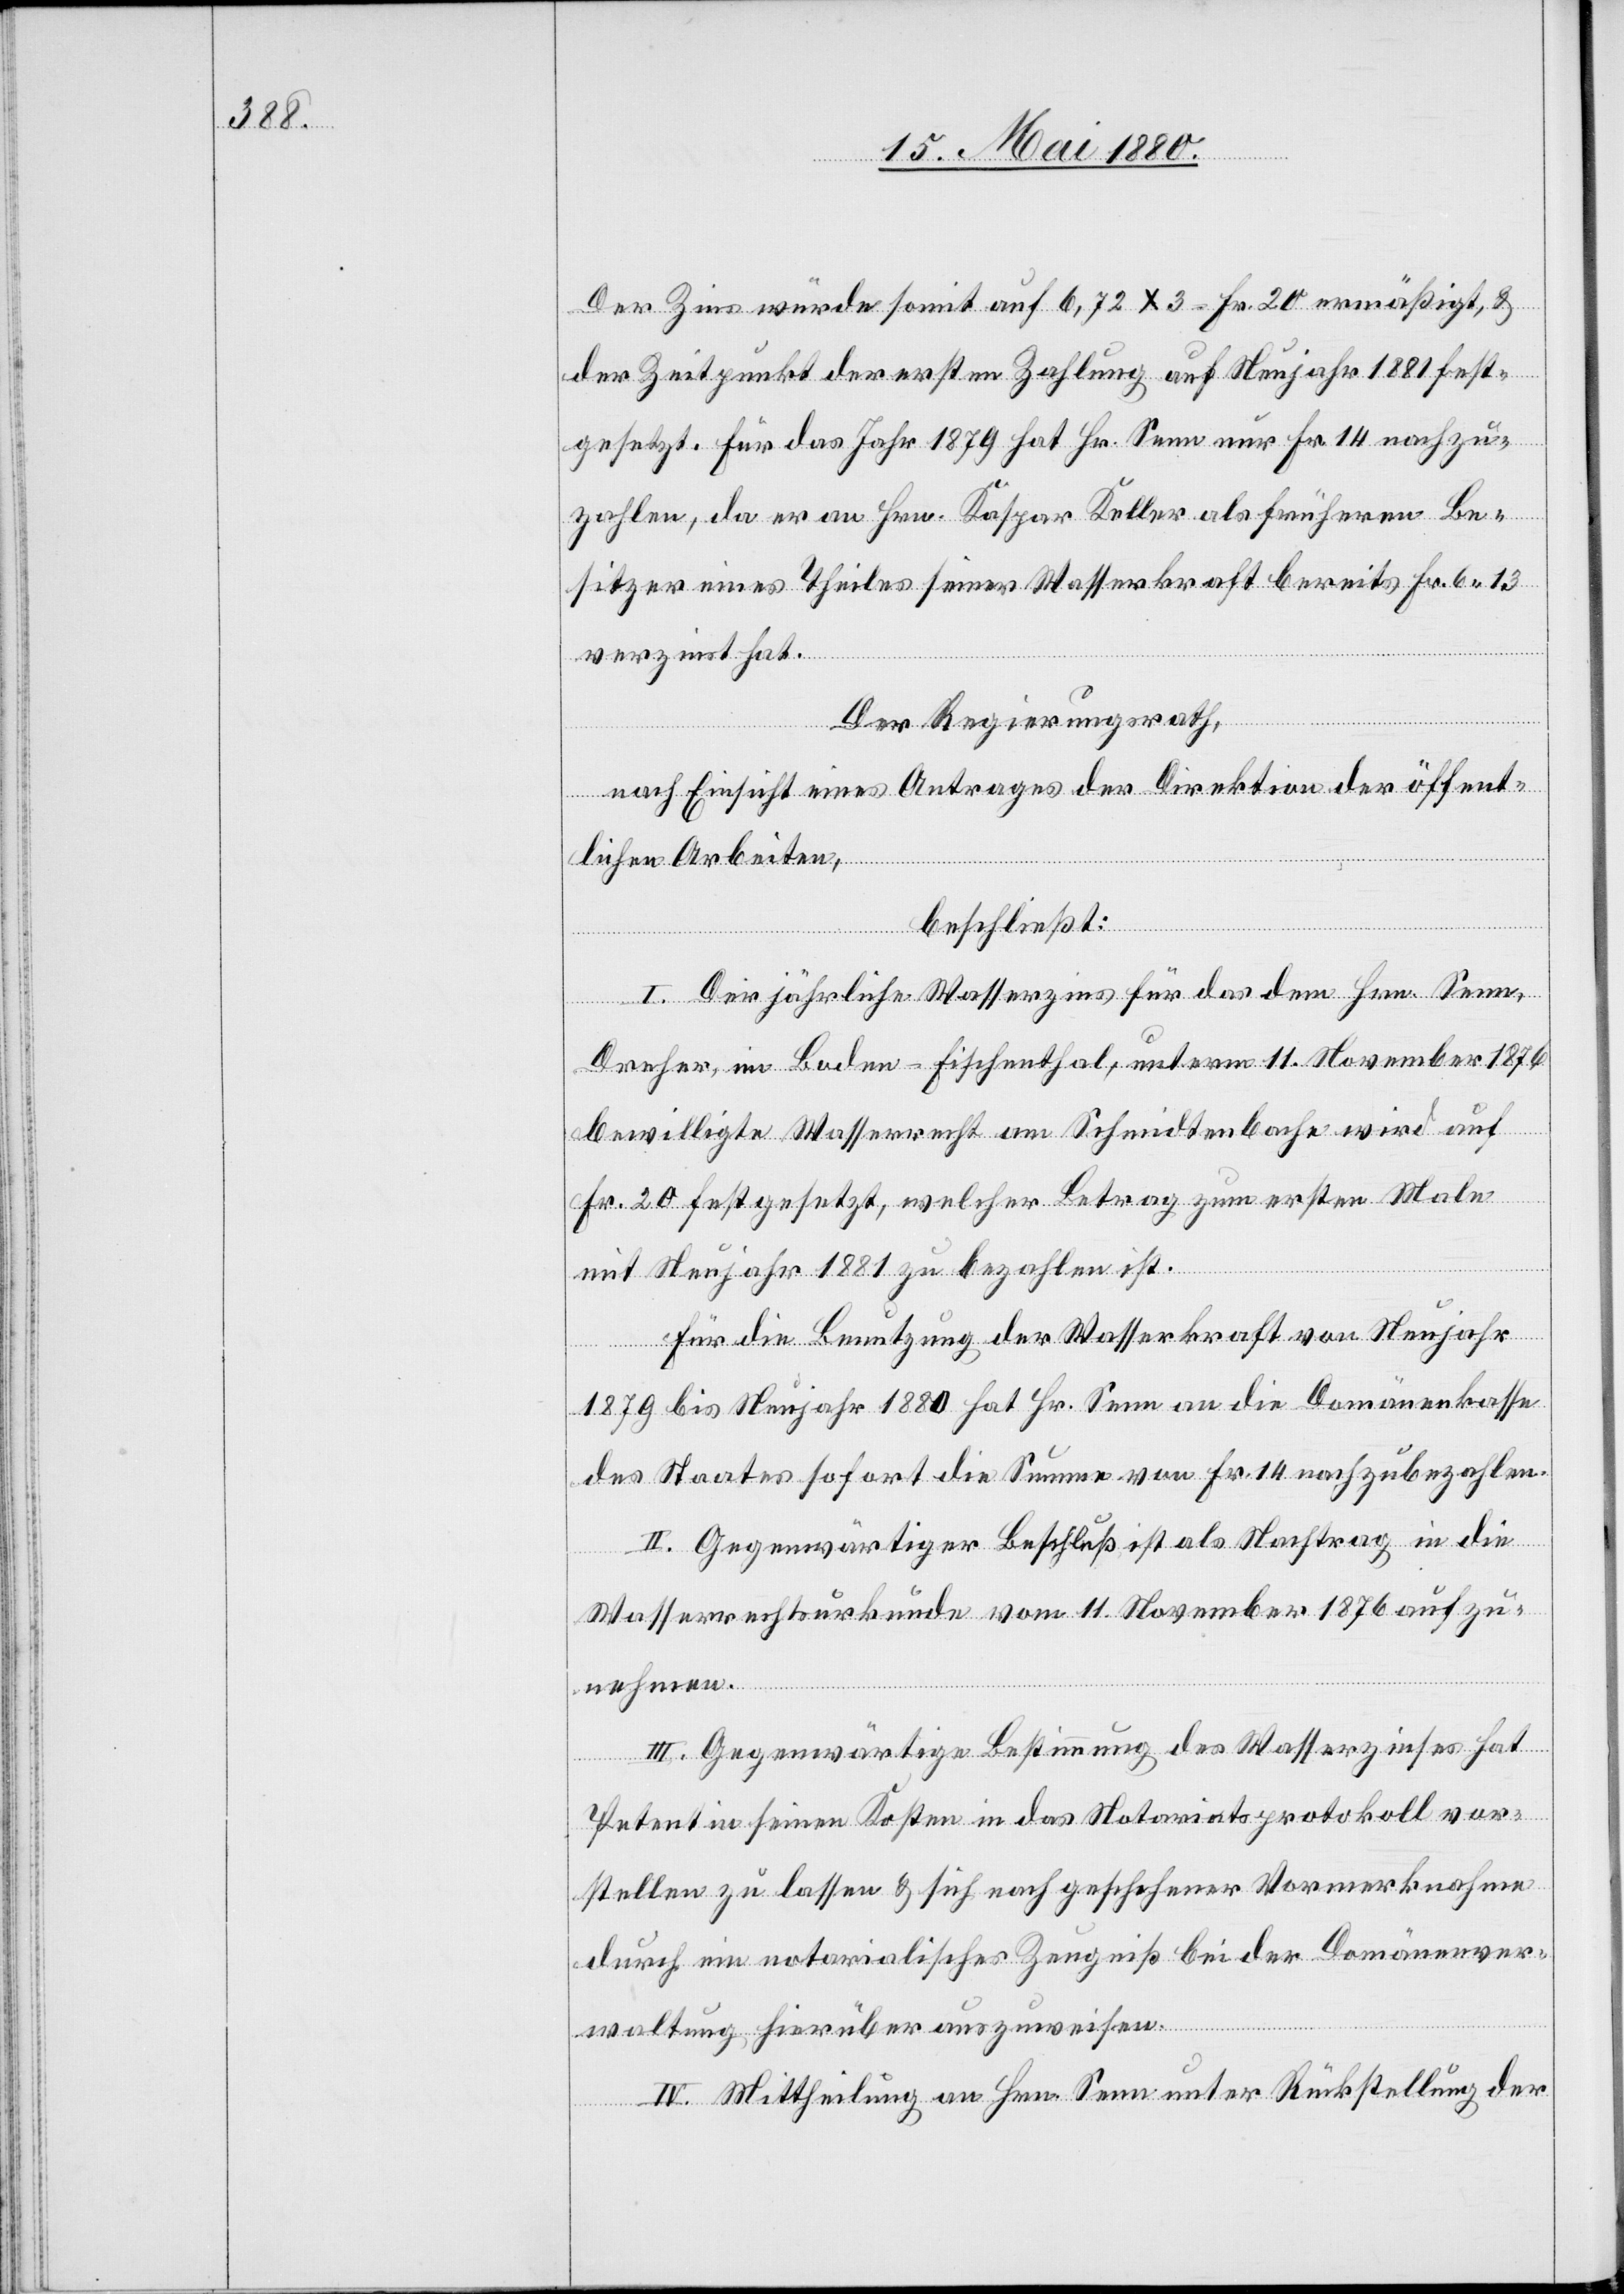
Der Zinse würde somit auf 6,72 x 3 = Fr. 10 ermäßigt &
der Zeitpunkt der ersten Zahlung auf Neujahr 1881 fest¬
gesetzt. Für das Jahr 1879 hat Hr. Senn nur Fr. 14 nachzu¬
zahlen, da er an Hrn. Kaspar Keller als früheren Be¬
sitzer eines Theiles seiner Wasserkraft bereits Fr. 6.13
verzinst hat.
Der Regierungsrath,
nach Einsicht eines Antrages der Direktion der öffent¬
lichen Arbeiten,
beschließt:
I. Der jährliche Wasserzins für das dem Hrn. Senn,
Dreher, im Boden - Fischenthal, unterm 11. November 1876
bewilligte Wasserrecht am Schmidtenbache wird auf
Fr. 20 festgesetzt, welcher Betrag zum ersten Male
mit Neujahr 1881 zu bezahlen ist.
Für die Benutzung der Wasserkraft von Neujahr
1879 bis Neujahr 1880 hat Hr. Senn an die Domänenkasse
des Staates sofort die Summe von Fr. 14 nachzubezahlen.
II. Gegenwärtiger Beschluß ist als Nachtrag in die
Wasserrechtsurkunde vom 11. November 1876 aufzu¬
nehmen.
III. Gegenwärtige Bestimmung des Wasserzinses hat
Petent in seinen Kosten in das Notariatsprotokoll vor¬
stellen zu lassen & sich nach geschehener Vormerknahme
durch ein notarialisches Zeugniß bei der Domänenver¬
waltung hierüber auszuweisen.
IV. Mittheilung an Hrn. Senn unter Rückstellung der